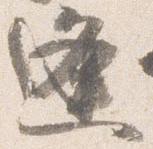
逢